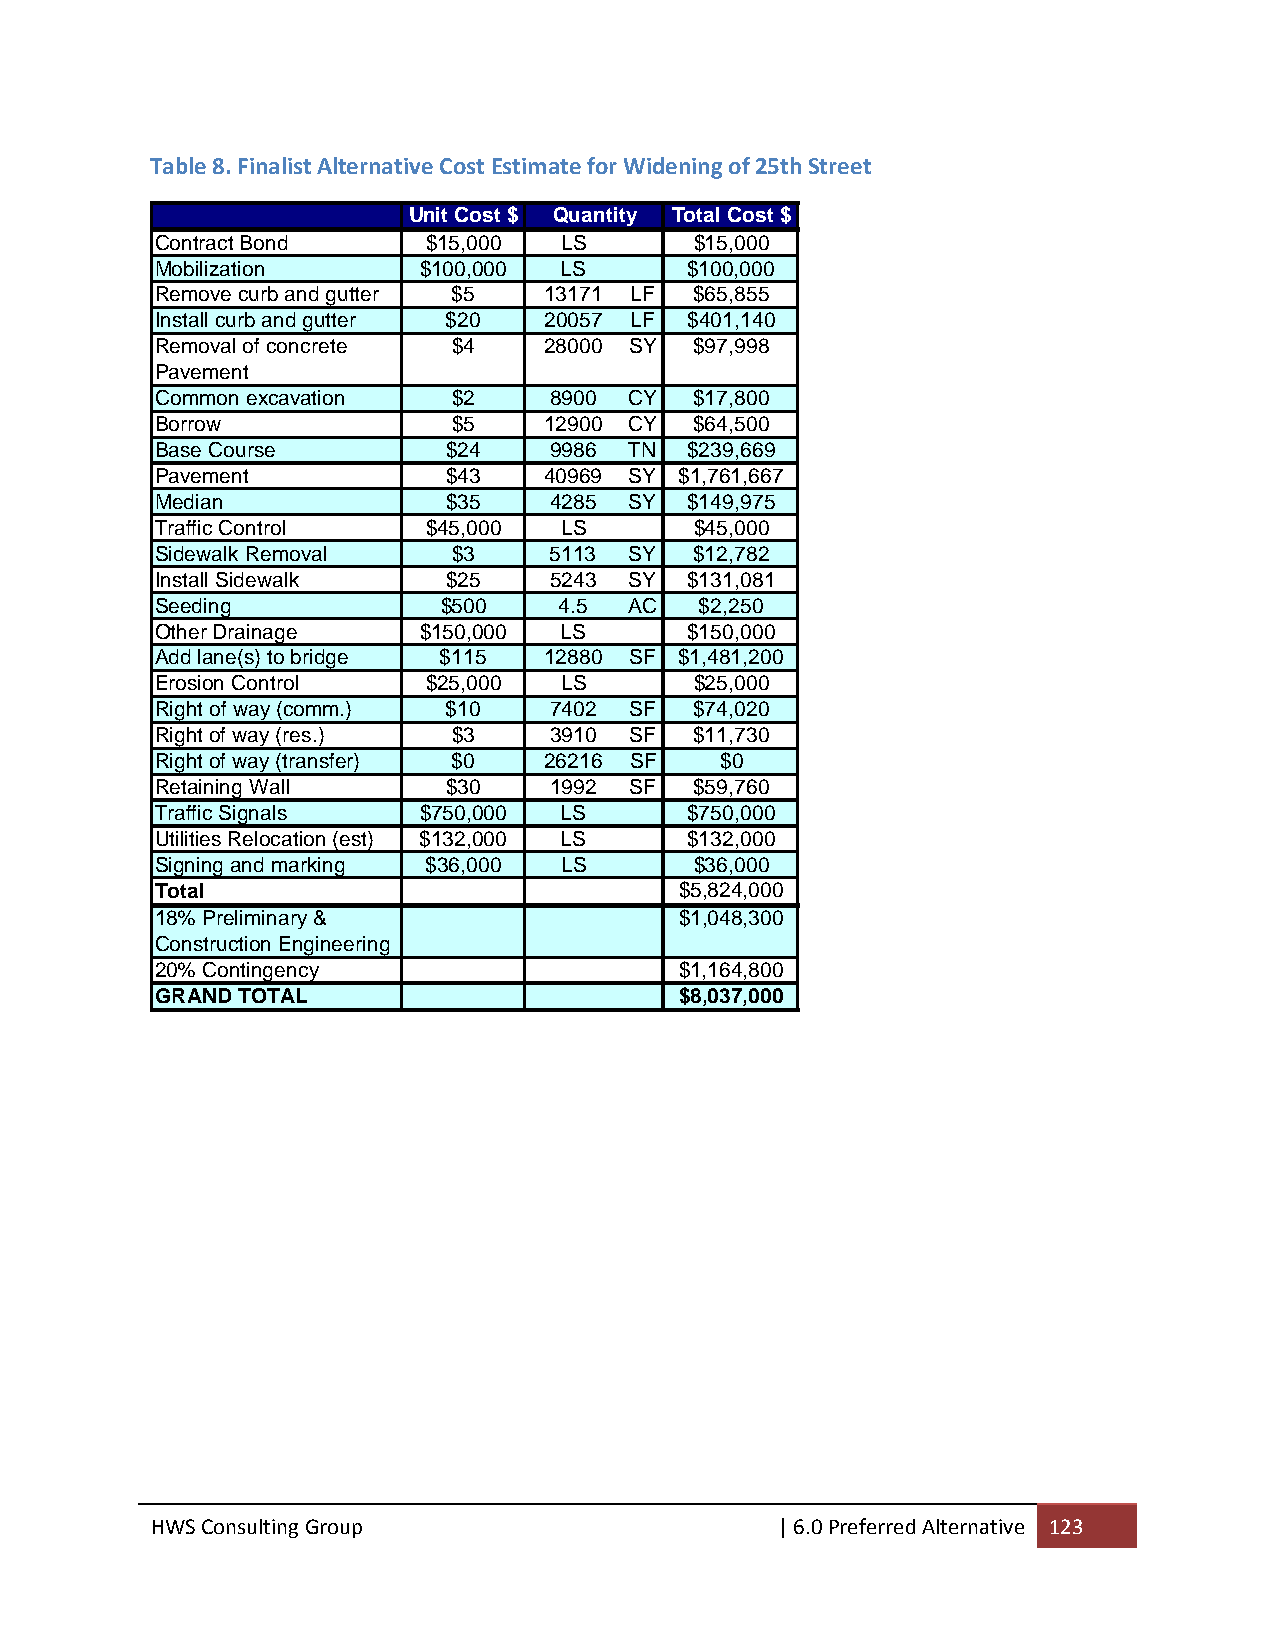
Table 8. Finalist Alternative Cost Estimate for Widening of 25th Street
 Unit Cost $ Quantity Total Cost $
 Contract Bond     $15,000  LS       $15,000
 Mobilization      $100,000 LS       $100,000
 Remove curb and gutter $5 13171 LF  $65,855
 Install curb and gutter $20 20057 LF $401,140
 Removal of concrete $4    28000 SY  $97,998
 Pavement
 Common excavation   $2    8900  CY  $17,800
 Borrow              $5    12900 CY  $64,500
 Base Course         $24   9986  TN  $239,669
 Pavement            $43   40969 SY $1,761,667
 Median              $35   4285  SY  $149,975
 Traffic Control   $45,000  LS       $45,000
 Sidewalk Removal    $3    5113  SY  $12,782
 Install Sidewalk    $25   5243  SY  $131,081
 Seeding            $500    4.5  AC  $2,250
 Other Drainage    $150,000 LS       $150,000
 Add lane(s) to bridge $115 12880 SF $1,481,200
 Erosion Control   $25,000  LS       $25,000
 Right of way (comm.) $10  7402  SF  $74,020
 Right of way (res.) $3    3910  SF  $11,730
 Right of way (transfer) $0 26216 SF   $0
 Retaining Wall      $30   1992  SF  $59,760
 Traffic Signals   $750,000 LS       $750,000
 Utilities Relocation (est) $132,000 LS $132,000
 Signing and marking $36,000 LS      $36,000
 Total                              $5,824,000
 18% Preliminary &                  $1,048,300
 Construction Engineering
 20% Contingency                    $1,164,800
 GRAND TOTAL                        $8,037,000
 HWS Consulting Group                     | 6.0 Preferred Alternative 123